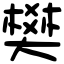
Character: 樊